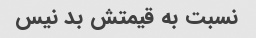
نسبت به قیمتش بد نیس